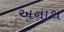
અનાથ